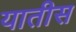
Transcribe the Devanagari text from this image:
यातीस